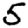
Digit: 5